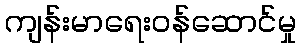
ကျန်းမာရေးဝန်ဆောင်မှု